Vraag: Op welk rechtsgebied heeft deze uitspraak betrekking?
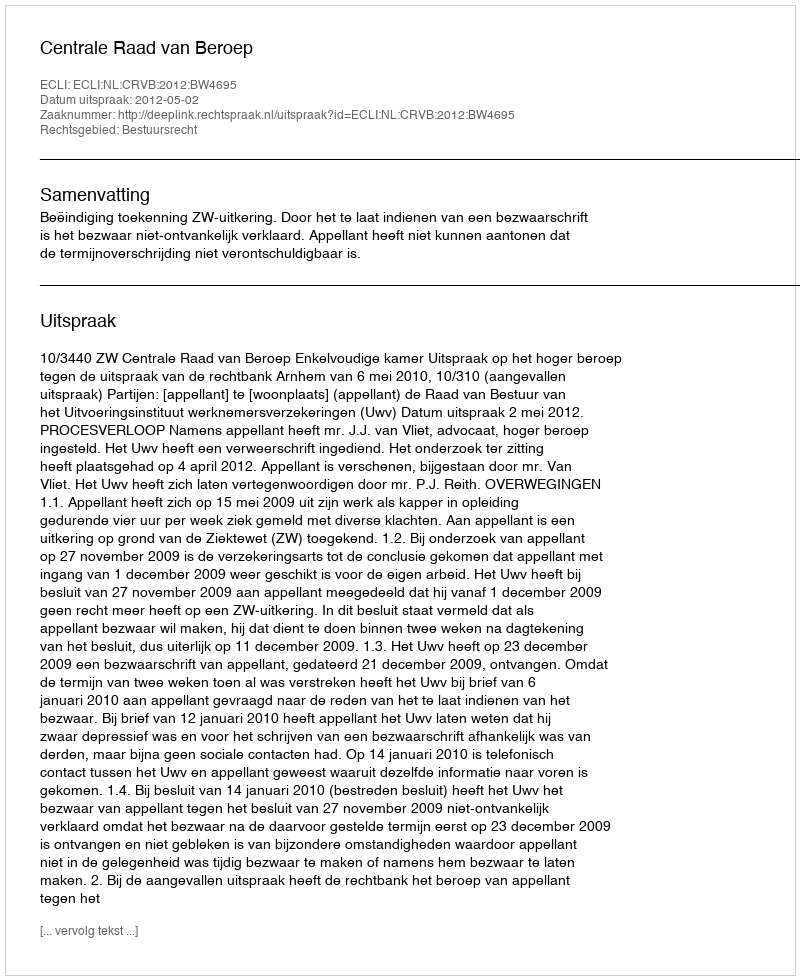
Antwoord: Bestuursrecht